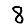
Digit: 8